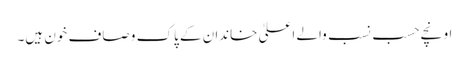
اونچے حسب نسب والے اعلیٰ خاندان کے پاک و صاف خون ہیں۔